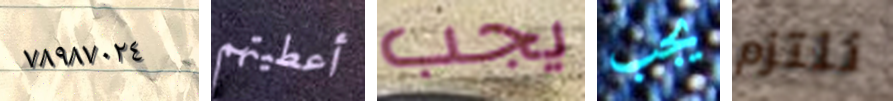
٧٨٩٨٧٠٢٤ أعطيتهم يجب يجب نلتزم